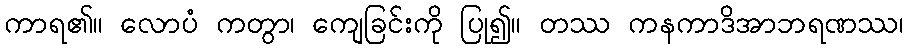
ကာရ၏။ လောပံ ကတွာ၊ ကျေခြင်းကို ပြု၍။ တဿ ကနကာဒိအာဘရဏဿ၊